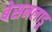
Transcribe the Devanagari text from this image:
बेसनलाडू